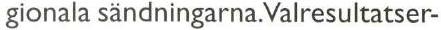
gionala sändningarna. Valresultatser-